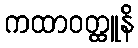
ကထာဝတ္ထူနိ